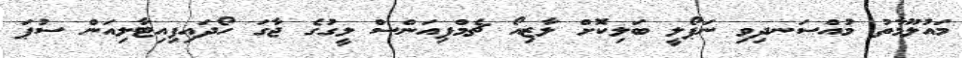
މައުލޫމާތު މުއްސަނދިވި ނަޕޯލީ ބަލިކޮށް ލާޒިއޯ ޗެމްޕިއަންސް ލީގުގެ ޖާގަ ހޯދައިފިއިޓާލިއަން ސުޕަ